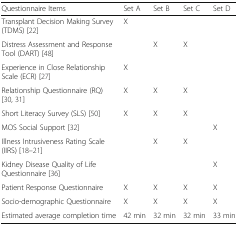
<table><thead><tr><td><b>Questionnaire Items</b></td><td><b>Set A</b></td><td><b>Set B</b></td><td><b>Set C</b></td><td><b>Set D</b></td></tr></thead><tbody><tr><td>Transplant Decision Making Survey (TDMS) [22]</td><td>X</td><td></td><td></td><td></td></tr><tr><td>Distress Assessment and Response Tool (DART) [48]</td><td></td><td>X</td><td>X</td><td></td></tr><tr><td>Experience in Close Relationship Scale (ECR) [27]</td><td>X</td><td></td><td></td><td></td></tr><tr><td>Relationship Questionnaire (RQ) [30, 31]</td><td>X</td><td>X</td><td>X</td><td></td></tr><tr><td>Short Literacy Survey (SLS) [50]</td><td>X</td><td>X</td><td>X</td><td></td></tr><tr><td>MOS Social Support [32]</td><td></td><td></td><td></td><td>X</td></tr><tr><td>Illness Intrusiveness Rating Scale (IIRS) [18–21]</td><td></td><td>X</td><td>X</td><td></td></tr><tr><td>Kidney Disease Quality of Life Questionnaire [36]</td><td></td><td></td><td></td><td>X</td></tr><tr><td>Patient Response Questionnaire</td><td>X</td><td>X</td><td>X</td><td>X</td></tr><tr><td>Socio-demographic Questionnaire</td><td>X</td><td>X</td><td>X</td><td>X</td></tr><tr><td>Estimated average completion time</td><td>42 min</td><td>32 min</td><td>32 min</td><td>33 min</td></tr></tbody></table>